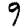
Digit: 9